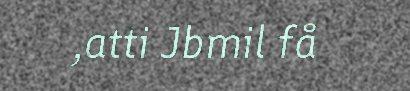
,atti Jbmil få